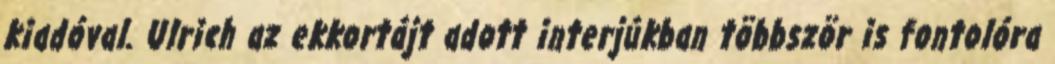
kiadóval. Ulrich az ekkortájt adott interjúkban többször is fontolóra